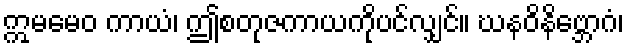
ဣမမေဝ ကာယံ၊ ဤစတုဇကာယကိုပင်လျှင်။ ဃနဝိနိဗ္ဘောဂံ၊